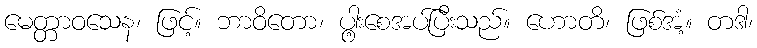
မေတ္တာဝသေန၊ ဖြင့်။ ဘာဝိတော၊ ပွါ့းစေအပ်ပြီးသည်။ ဟောတိ၊ ဖြစ်အံ့။ တဒါ၊